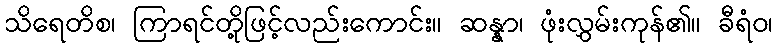
သိရေတိစ၊ ကြာရင်တို့ဖြင့်လည်းကောင်း။ ဆန္နာ၊ ဖုံးလွှမ်းကုန်၏။ ခီရံဝ၊